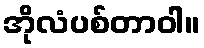
အိုလံပစ်တာဝါ။